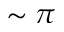
\sim \pi